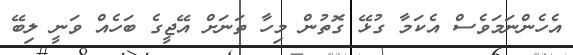
އެހެންނަމަވެސް އެކަމާ ގުޅޭ ގޮތުން މިހާ ތަނަށް އޭޖީގެ ބަހެއް ވަނީ ލިބޭ